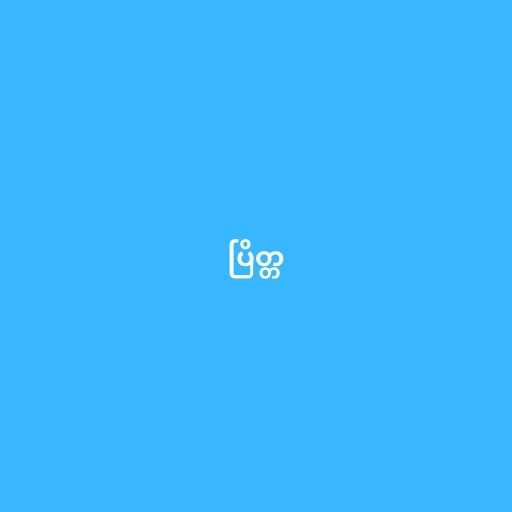
ပြိတ္တ